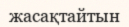
жасақтайтын